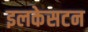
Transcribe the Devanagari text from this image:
इलकेसटन